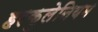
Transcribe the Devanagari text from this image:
हरकुलेनियम